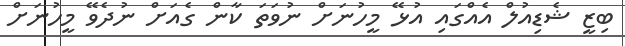
ބިޒީ ޝެޑިއުލް އެއްގައި އުޅޭ މީހުނަށް ނުވަތަ ކާން ގެއަށް ނުދެވޭ މީހުނަށް